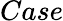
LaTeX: Case